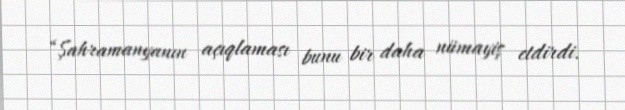
“Şahramanyanın açıqlaması bunu bir daha nümayiş etdirdi.